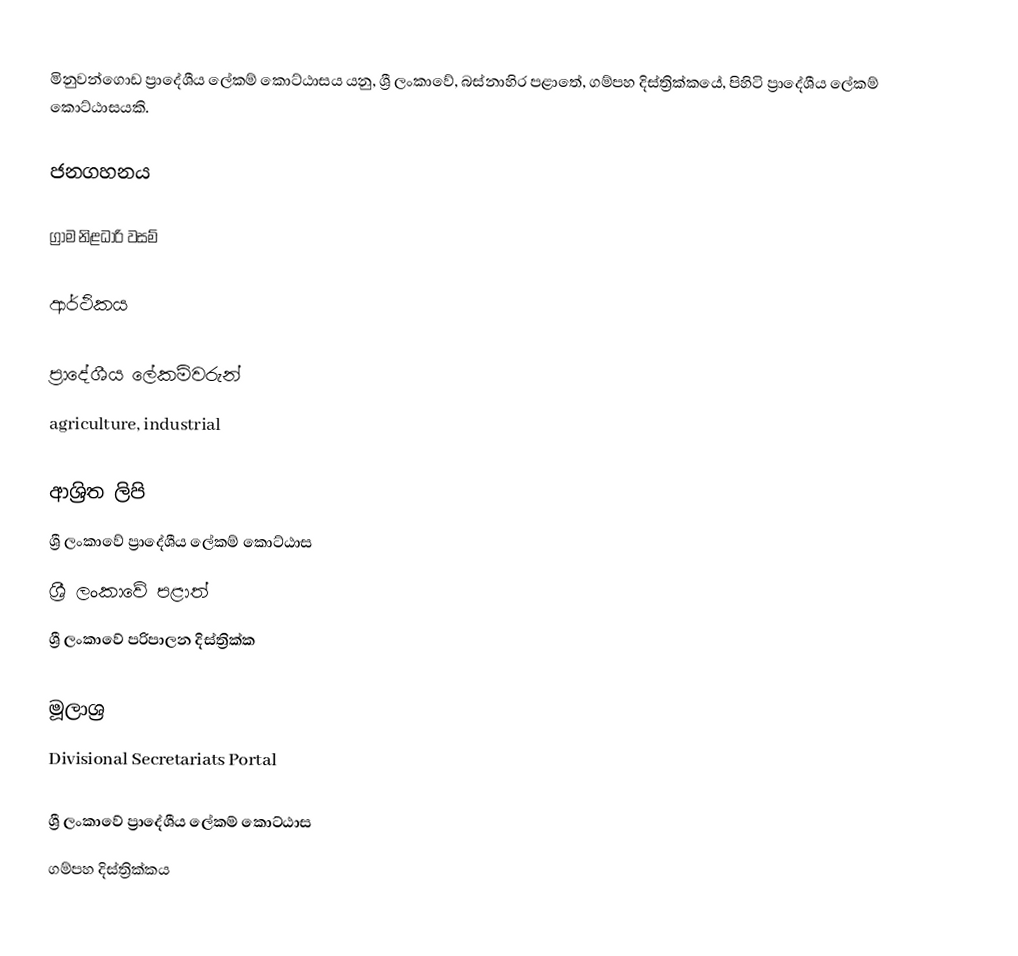
මිනුවන්ගොඩ ප්‍රාදේශීය ලේකම් කොට්ඨාසය යනු,  ශ්‍රී ලංකාවේ, බස්නාහිර පළාතේ,   ගම්පහ දිස්ත්‍රික්කයේ, පිහිටි ප්‍රාදේශීය ලේකම් කොට්ඨාසයකි.

ජනගහනය

ග්‍රාම නිළධාරි වසම්

ආර්ථිකය

ප්‍රාදේශීය ලේකම්වරුන්
agriculture, industrial

ආශ්‍රිත ලිපි
ශ්‍රී ලංකාවේ ප්‍රාදේශීය ලේකම් කොට්ඨාස
ශ්‍රී ලංකාවේ පළාත්
ශ්‍රී ලංකාවේ පරිපාලන දිස්ත්‍රික්ක

මූලාශ්‍ර
 Divisional Secretariats Portal

ශ්‍රී ලංකාවේ ප්‍රාදේශීය ලේකම් කොට්ඨාස
ගම්පහ දිස්ත්‍රික්කය